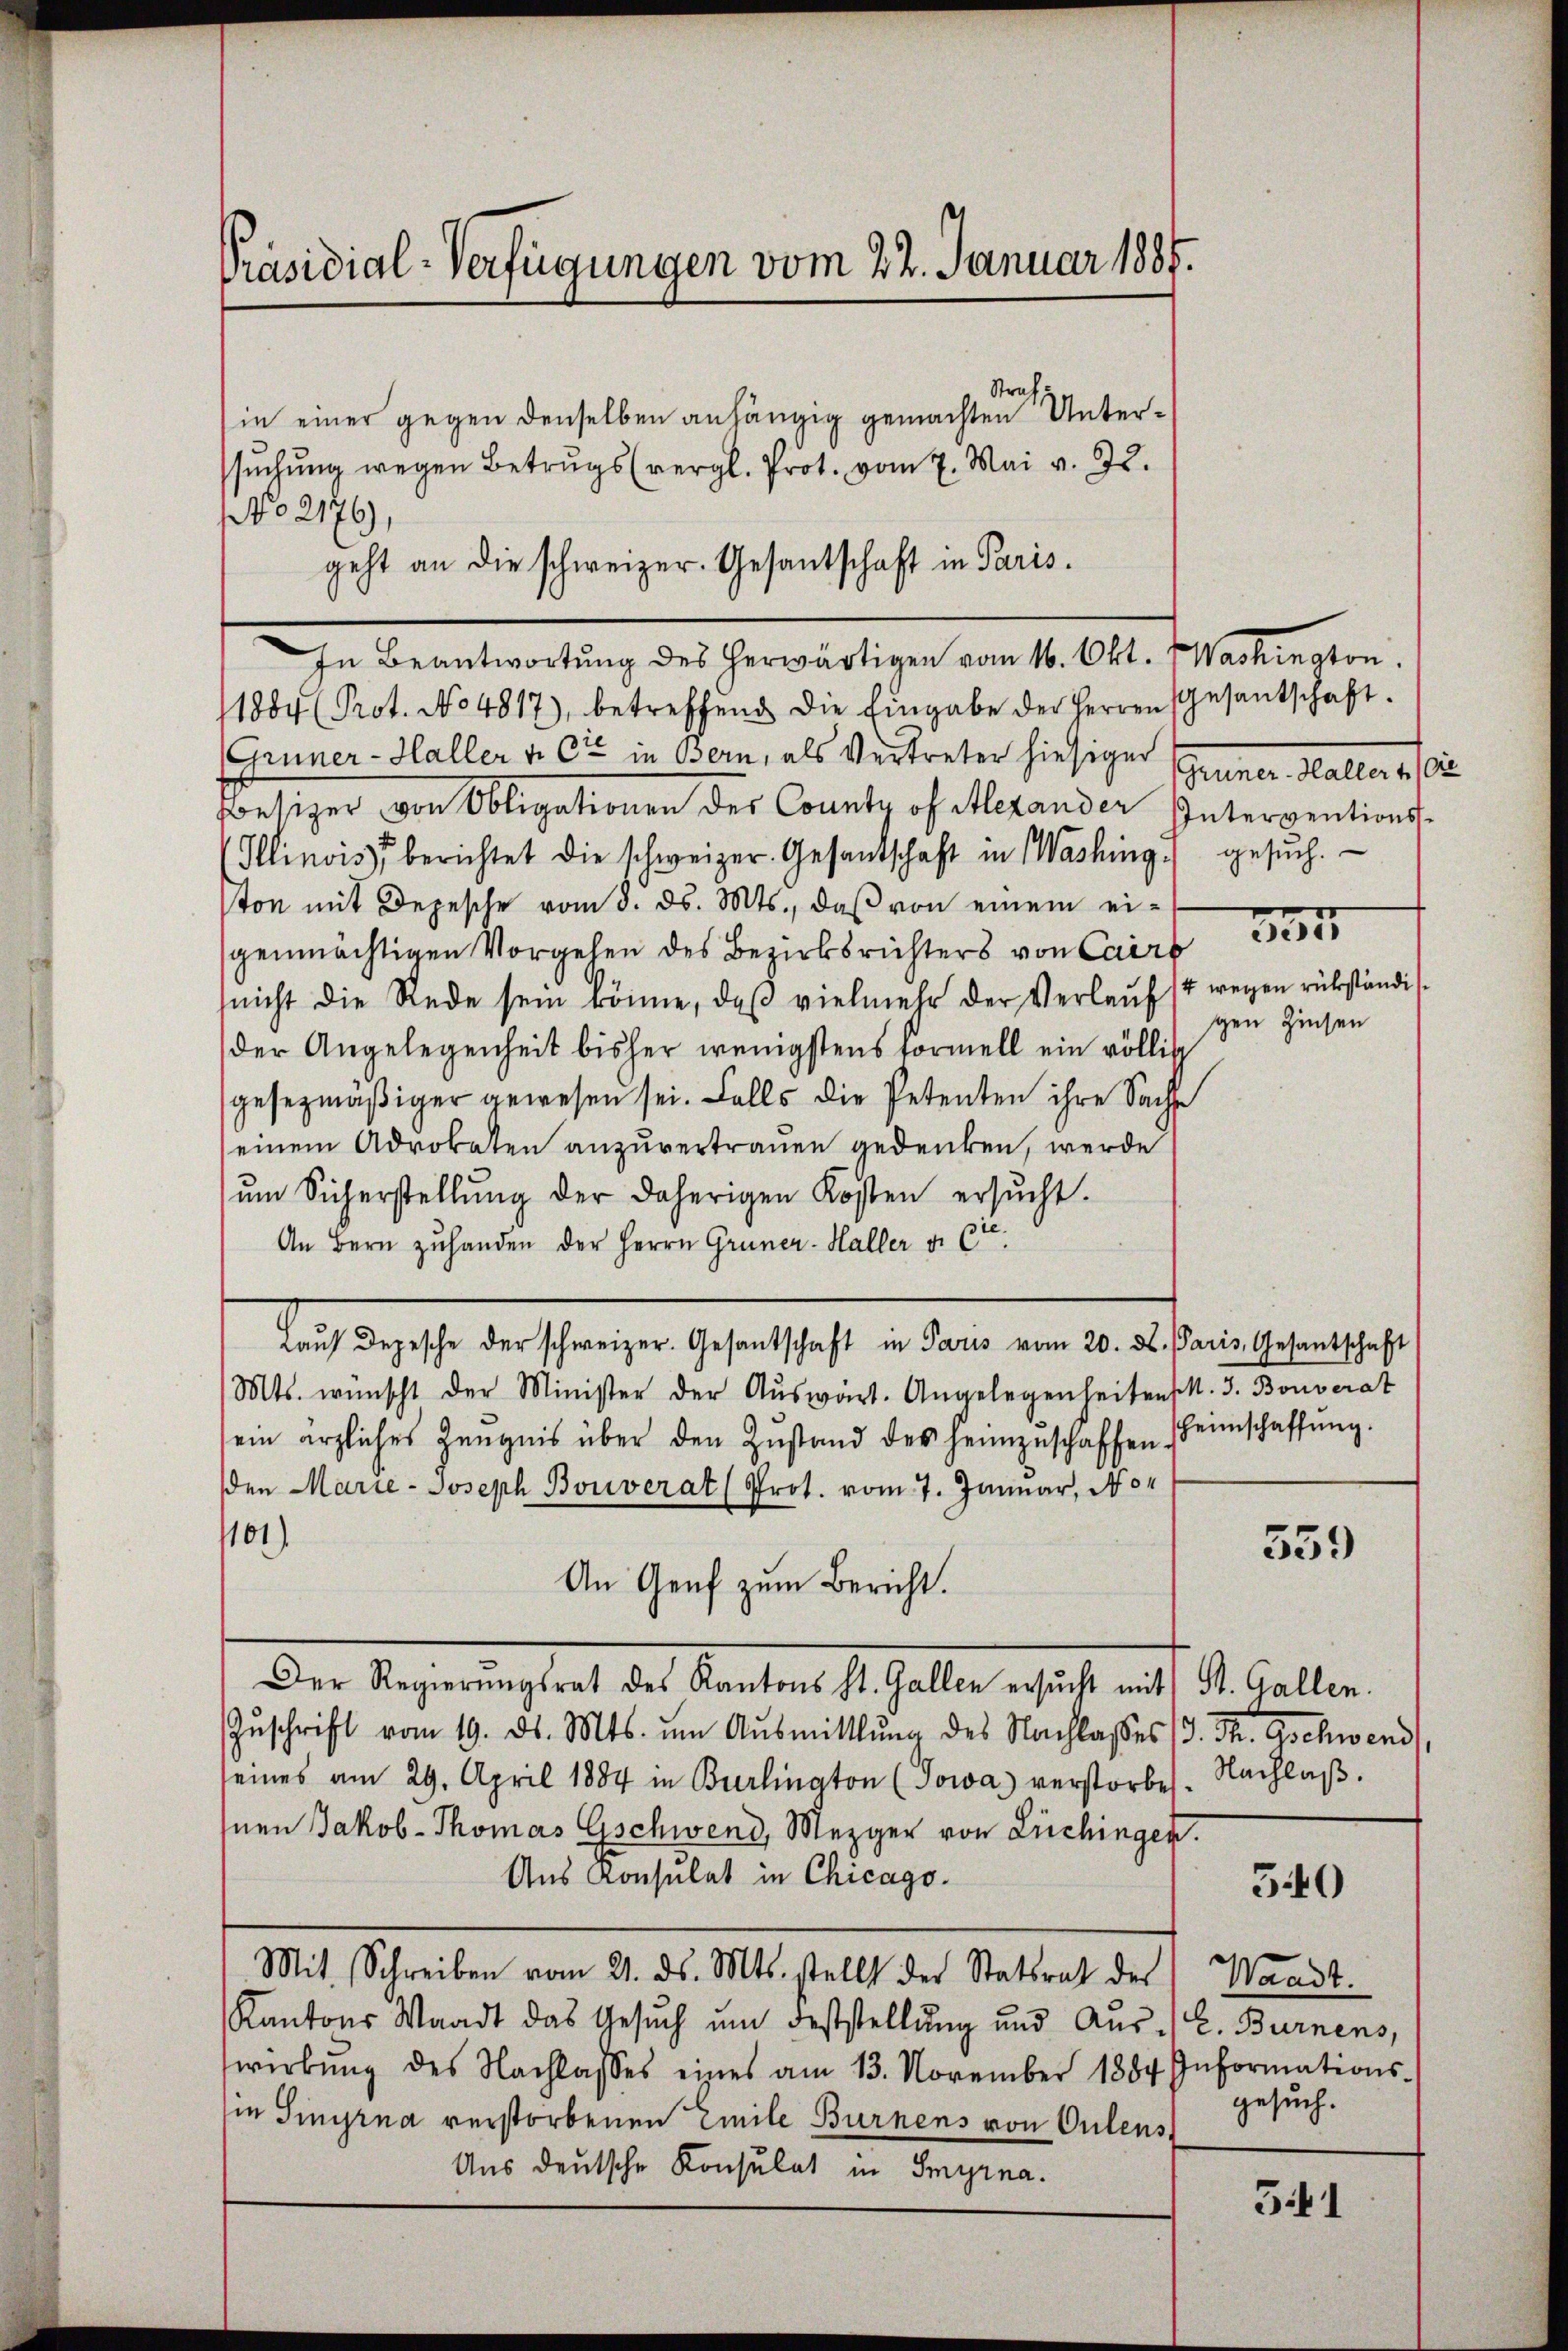
Präsidial-Verfügungen vom 22. Januar 1888.

Strafz
in einer gegen denselben anhängig gemachten Untersŭchŭng wegen Betrugs (vergl. Prot. vom 7. Mai v. J.
No 2176),
geht an die schweizer. Gesantschaft in Paris.
In Beantwortung des herwärtigen vom 16. Okt. Washington.
1884 (Prot. No 4817), betreffend die Eingabe der Herren
Grüner-Haller v. Cie in Bern, als Vertreter hiesiger Gruner-Haller u. i
Besizer von Obligationen des County of Merander Interventions-
Ilinois berichtet die schweizer. Gesandschaft in Washing.) gesŭch.
ton mit Depesche vom 8. ds. Mts., daβ von einem ei-
genmächtigen Vorgehen des Bezirksrichters von Cairb
nicht die Rede sein könne, daβ vielmehr der Verlaŭfst wegen rükständis
der Angelegenheit bisher wenigstens Formell ein völlise
gesezmäßiger gewesen sei. Falls die Petenten ihre Sache
einem Advokaten anzuvertrauen gedenken, werde
ŭm Sicherstellŭng der daherigen Kosten ersŭcht.
An Bern zuhanden der Herrn Grüner-Haller d. 6te
Haŭs Depesche der schweizer. Gesantschaft in Paris vom 20. ds. Paris, Gesantschaft
Mts. wünscht der Minister der Aŭswärt. Angelegenheiten k. J. Bouverat
ein ärzliches Zeŭgnis über den Zustand des heimzŭschaffen-
den Marie-Joseph Bouverat (Prot. vom 7. Januar, No
101)
An Genf zum Bericht.
Der Regierungsrat des Kantons St. Gallen ersucht mit St. Gallen.
Zŭschrift vom 19. ds. Mts. ŭm Aŭsmittlung des Nachlasses (d. Th. Gschwend
seines am 29. April 1884 in Bierlinaton (Jowa verstorbe
Inen Jakob-Thomas Gschwend, Mezger von Luchingen.
Aus Konsulat in Chicago.
Mit Schreiben vom 21. ds. Mts. stellt der Statsrat des
Kantons Waadt das Gesŭch ŭm Feststellŭng und Aŭs- / C. Burnens,
werbŭng des Nachlasses eines am 13. November 1884 Informations-
in Tinyrna verstorbenen Emile Burnens von Culens
Uns deutsche Konsulat in Smyrna.

Gesantschaft.
335
gen Zinsen

heinschaffung.

559

Nachlaß.

540

Waadt.
gesuch.

541